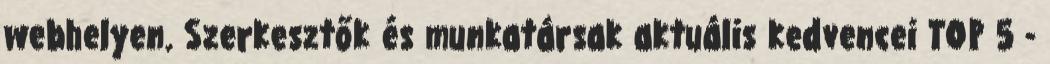
webhelyen. Szerkesztők és munkatársak aktuális kedvencei TOP 5 -